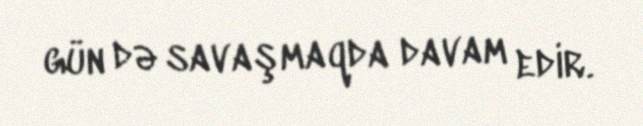
gün də savaşmaqda davam edir.